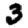
Digit: 3